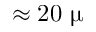
\approx 2 0 ~ \upmu